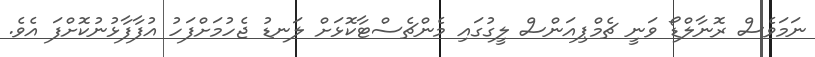
ނަމަވެސް ރޮނާލްޑޯ ވަނީ ޗެމްޕިއަންސް ލީގުގައި މެންޗެސްޓާކޮޅަށް ލަނޑު ޖެހުމަށްފަހު އުފާފާޅުނުކޮށްފަ އެވެ.